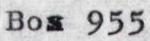
Box 955